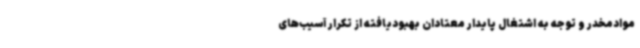
موادمخدر و توجه به اشتغال پایدار معتادان بهبودیافته از تکرار آسیب‌های